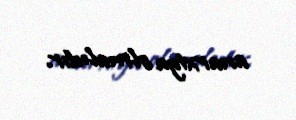
anarxiya olmalıdır.